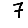
Digit: 7